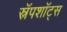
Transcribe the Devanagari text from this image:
स्नॅपशॉट्स